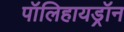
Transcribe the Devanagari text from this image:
पॉलिहायड्रॉन